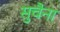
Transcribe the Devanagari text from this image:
सुचैना